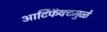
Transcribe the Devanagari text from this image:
आर्टिफॅक्टमुळे